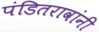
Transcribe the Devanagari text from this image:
पंडितरावांनी